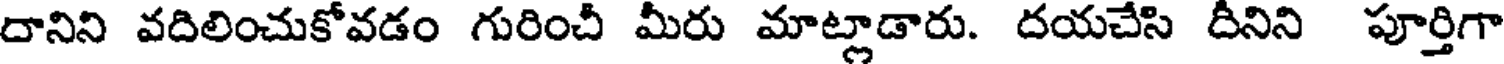
దానిని వదిలించుకోవడం గురించి మీరు మాట్లాడారు. దయచేసి దీనిని పూర్తిగా